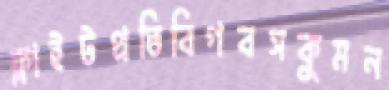
ফ্লাইটপ্রতিবিগবসকুমন